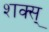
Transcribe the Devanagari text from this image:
शक्स्